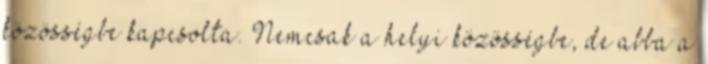
közösségbe kapcsolta. Nemcsak a helyi közösségbe, de abba a